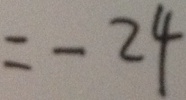
= - 2 4